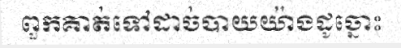
ពួកគាត់ទៅដាច់បាយយ៉ាងដូច្នោះ